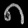
Digit: ၈